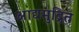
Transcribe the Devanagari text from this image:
आद्यमुद्रित